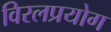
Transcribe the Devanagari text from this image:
विरलप्रयोग